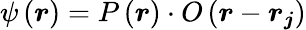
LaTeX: \psi\left(\boldsymbol{r}\right)=P\left(\boldsymbol{r}\right)\cdot O\left(\boldsymbol{r}-\boldsymbol{r_{j}}\right)